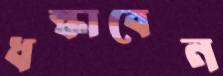
ধস্‌কাবেন